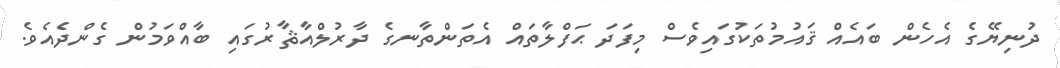
ދުނިޔޭގެ އެހެން ބައެއް ޤައުމުތަކުގައިވެސް މިފަދަ ޙަފްލާތައް އެތަންތާނގެ ދާރުލްއާޘާރުގައި ބާއްވަމުން ގެންދެއެވެ.